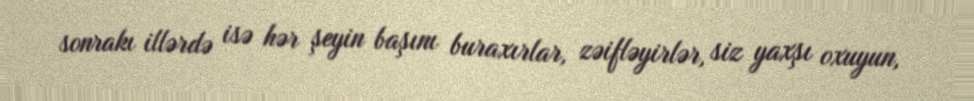
sonrakı illərdə isə hər şeyin başını buraxırlar, zəifləyirlər, siz yaxşı oxuyun,